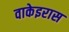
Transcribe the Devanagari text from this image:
वाकेइरास